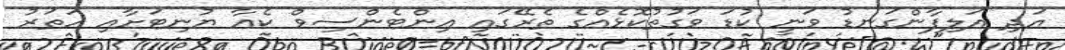
އަދި އަލިފާންގަނޑު ވަނީ ކުޑަ ވަގުތުކޮޅެއްގެ ތެރޭގައި އިންޓެންސިވް ކެއާ ޔުނިޓަށާއި ހަތަރު